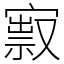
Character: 㝮